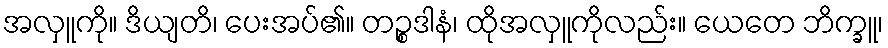
အလှူကို။ ဒိယျတိ၊ ပေးအပ်၏။ တဉ္စဒါနံ၊ ထိုအလှူကိုလည်း။ ယေတေ ဘိက္ခူ၊